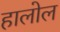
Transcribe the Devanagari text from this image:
हालोल